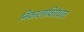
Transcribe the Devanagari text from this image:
निकालाविरोधात